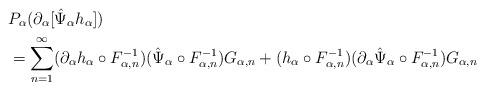
LaTeX: \begin{align*}&P_{\alpha}(\partial_{\alpha}[\hat \Psi_{\alpha} h_{\alpha}])\\&=\sum_{n=1}^{\infty} (\partial_{\alpha}h_{\alpha} \circ F_{\alpha, n}^{-1}) (\hat \Psi_{\alpha} \circ F_{\alpha, n}^{-1}) G_{\alpha, n}+(h_{\alpha} \circ F_{\alpha, n}^{-1}) (\partial_{\alpha}\hat \Psi_{\alpha} \circ F_{\alpha, n}^{-1}) G_{\alpha, n}\end{align*}